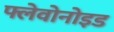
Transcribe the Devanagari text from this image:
फ्लेवोनोइड